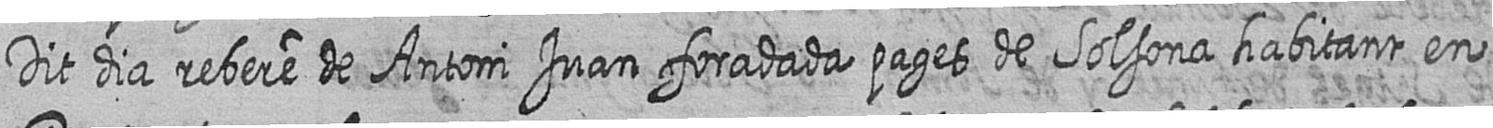
Dit dia rebere de Antoni Juan foradada pages de Solsona habitant en